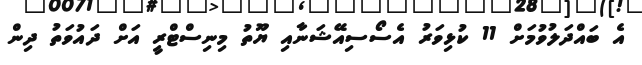
އެ ބައްދަލުވުމަށް 11 ކުޅިވަރު އެސޯސިއޭޝަނާއި ޔޫތު މިނިސްޓްރީ އަށް ދައުވަތު ދިން